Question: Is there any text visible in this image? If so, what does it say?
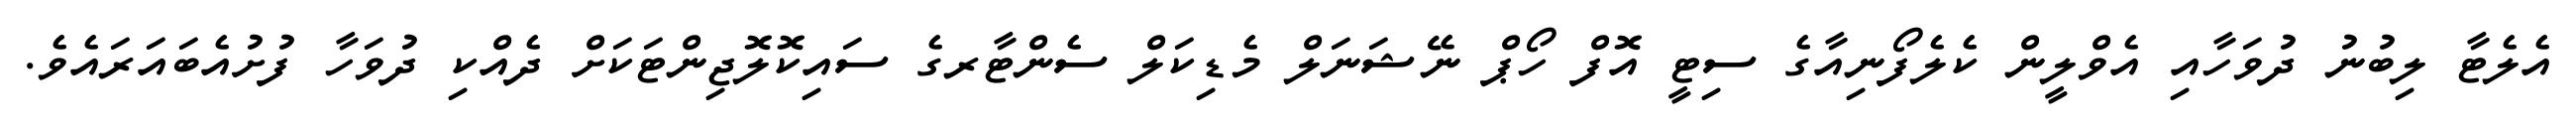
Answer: އެލެޓާ ލިބުނު ދުވަހާއި އެވްލީން ކެލެފޯނިއާގެ ސިޓީ އޮފް ހޯޕް ނޭޝަނަލް މެޑިކަލް ސެންޓާރގެ ސައިކޮލޮޖިންޓަކަށް ދެއްކި ދުވަހާ ފުށުއެބައަރައެވެ.